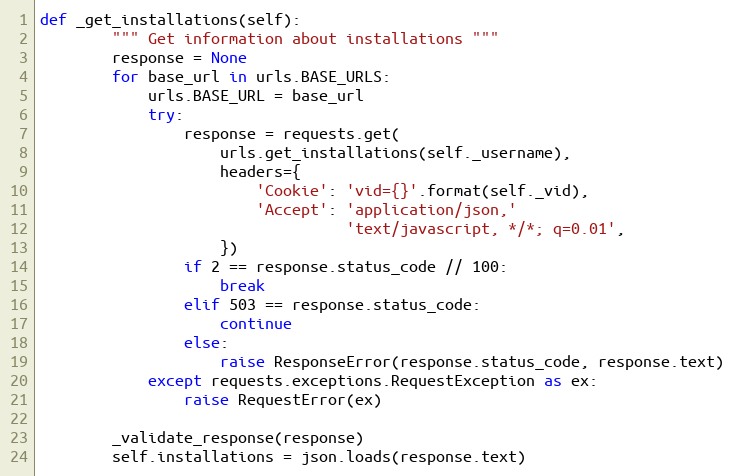
Language: Python
def _get_installations(self):
        """ Get information about installations """
        response = None
        for base_url in urls.BASE_URLS:
            urls.BASE_URL = base_url
            try:
                response = requests.get(
                    urls.get_installations(self._username),
                    headers={
                        'Cookie': 'vid={}'.format(self._vid),
                        'Accept': 'application/json,'
                                  'text/javascript, */*; q=0.01',
                    })
                if 2 == response.status_code // 100:
                    break
                elif 503 == response.status_code:
                    continue
                else:
                    raise ResponseError(response.status_code, response.text)
            except requests.exceptions.RequestException as ex:
                raise RequestError(ex)

        _validate_response(response)
        self.installations = json.loads(response.text)